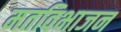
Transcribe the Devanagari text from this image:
मतविभाजन